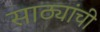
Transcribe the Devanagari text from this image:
साठ्यांची